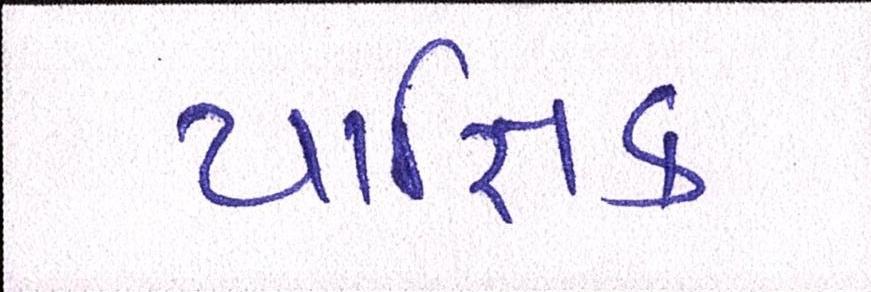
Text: યાજ્ઞિક